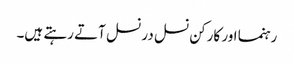
رہنما اور کارکن نسل در نسل آتے رہتے ہیں۔